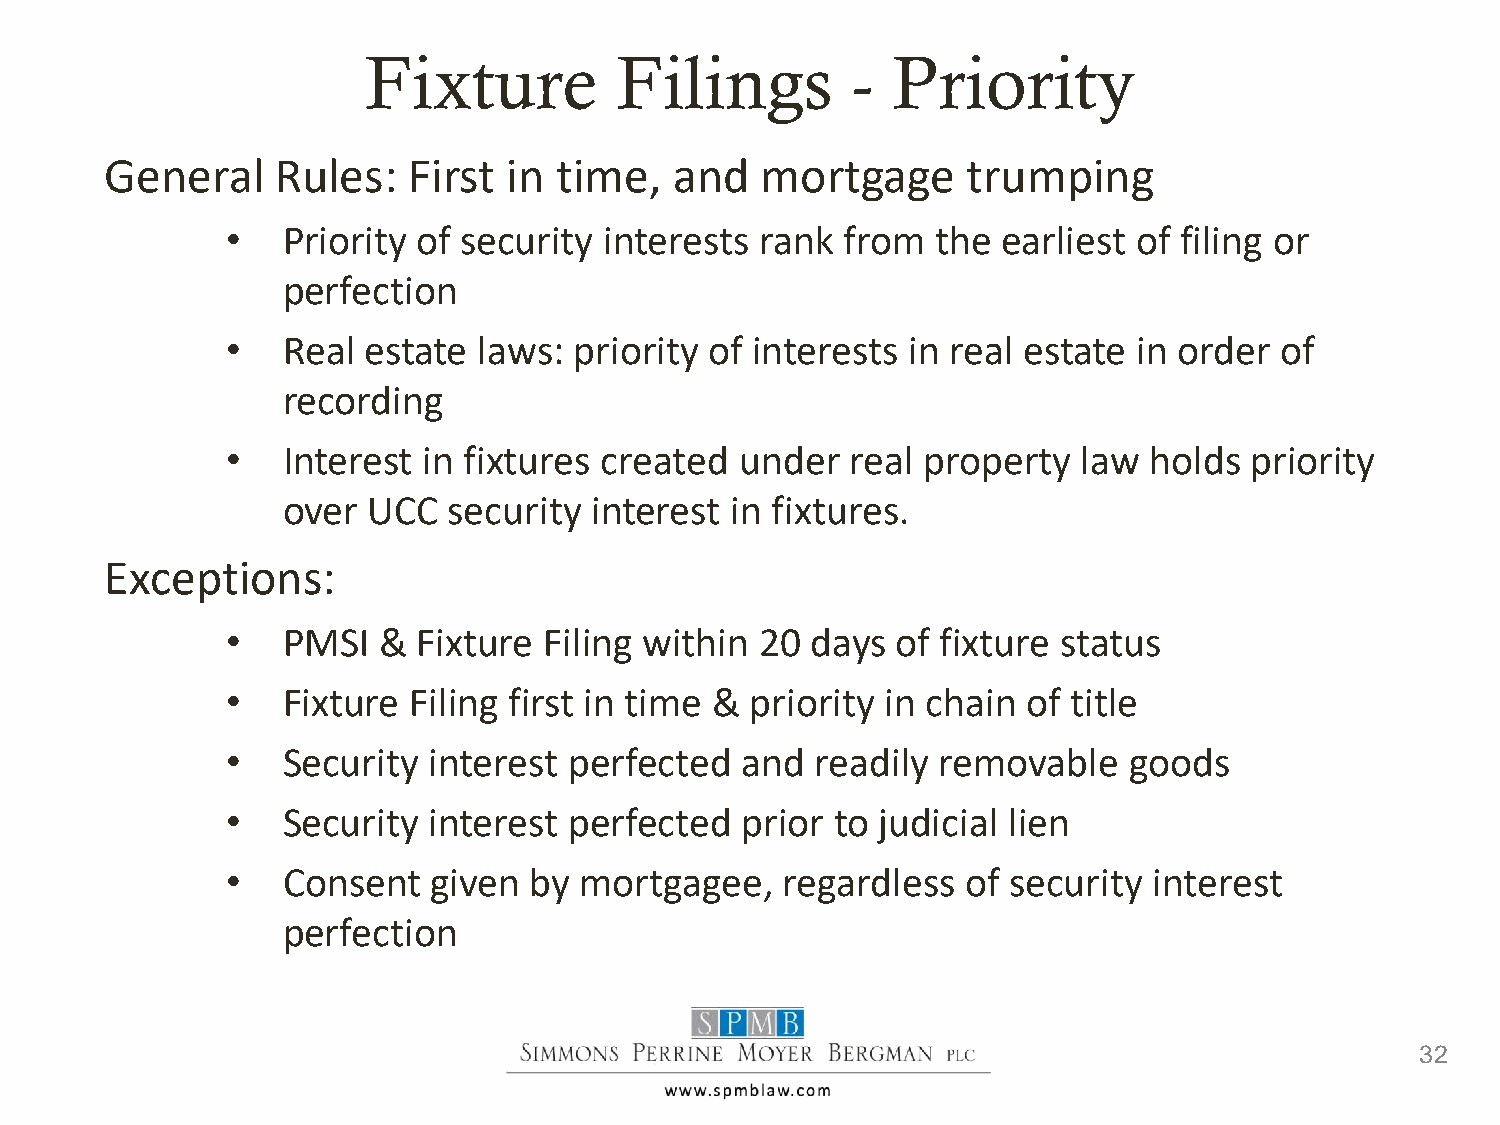
Fixture          Filings        -  Priority
 General    Rules:   First  in time,   and  mortgage      trumping
 •   Priority of security interests rank  from  the earliest of filing or
 perfection
 •   Real estate  laws: priority of interests in real estate in order  of
 recording
 •   Interest in fixtures created  under  real property   law holds  priority
 over UCC   security interest in fixtures.
 Exceptions:
 •   PMSI  &  Fixture Filing within 20  days of fixture status
 •   Fixture Filing first in time & priority in chain of title
 •   Security interest  perfected  and  readily removable    goods
 •   Security interest  perfected  prior to judicial lien
 •   Consent   given by mortgagee,    regardless  of security interest
 perfection
 32